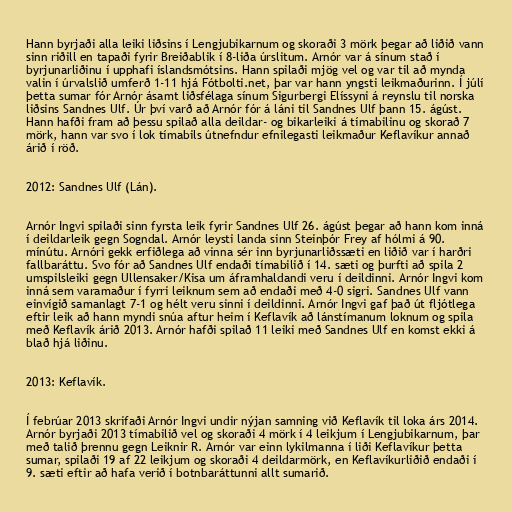
Hann byrjaði alla leiki liðsins í Lengjubikarnum og skoraði 3 mörk þegar að liðið vann
sinn riðill en tapaði fyrir Breiðablik í 8-liða úrslitum. Arnór var á sínum stað í
byrjunarliðinu í upphafi íslandsmótsins. Hann spilaði mjög vel og var til að mynda
valin í úrvalslið umferð 1-11 hjá Fótbolti.net, þar var hann yngsti leikmaðurinn. Í júlí
þetta sumar fór Arnór ásamt liðsfélaga sínum Sigurbergi Elíssyni á reynslu til norska
liðsins Sandnes Ulf. Úr því varð að Arnór fór á láni til Sandnes Ulf þann 15. ágúst.
Hann hafði fram að þessu spilað alla deildar- og bikarleiki á tímabilinu og skorað 7
mörk, hann var svo í lok tímabils útnefndur efnilegasti leikmaður Keflavíkur annað
árið í röð.

2012: Sandnes Ulf (Lán).

Arnór Ingvi spilaði sinn fyrsta leik fyrir Sandnes Ulf 26. ágúst þegar að hann kom inná
í deildarleik gegn Sogndal. Arnór leysti landa sinn Steinþór Frey af hólmi á 90.
mínútu. Arnóri gekk erfiðlega að vinna sér inn byrjunarliðssæti en liðið var í harðri
fallbaráttu. Svo fór að Sandnes Ulf endaði tímabilið í 14. sæti og þurfti að spila 2
umspilsleiki gegn Ullensaker/Kisa um áframhaldandi veru í deildinni. Arnór Ingvi kom
inná sem varamaður í fyrri leiknum sem að endaði með 4-0 sigri. Sandnes Ulf vann
einvígið samanlagt 7-1 og hélt veru sinni í deildinni. Arnór Ingvi gaf það út fljótlega
eftir leik að hann myndi snúa aftur heim í Keflavík að lánstímanum loknum og spila
með Keflavík árið 2013. Arnór hafði spilað 11 leiki með Sandnes Ulf en komst ekki á
blað hjá liðinu.

2013: Keflavík.

Í febrúar 2013 skrifaði Arnór Ingvi undir nýjan samning við Keflavík til loka árs 2014.
Arnór byrjaði 2013 tímabilið vel og skoraði 4 mörk í 4 leikjum í Lengjubikarnum, þar
með talið þrennu gegn Leiknir R. Arnór var einn lykilmanna í liði Keflavíkur þetta
sumar, spilaði 19 af 22 leikjum og skoraði 4 deildarmörk, en Keflavíkurliðið endaði í
9. sæti eftir að hafa verið í botnbaráttunni allt sumarið.